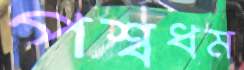
পশ্বধম